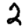
Digit: 2